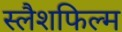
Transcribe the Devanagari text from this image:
स्लैशफिल्म